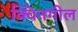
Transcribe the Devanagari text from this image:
क्विनगील